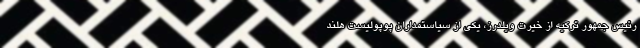
رئیس جمهور ترکیه از خیرت ویلدرز، یکی از سیاستمداران پوپولیست هلند